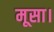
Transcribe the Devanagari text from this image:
मूसा।